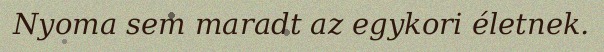
Nyoma sem maradt az egykori életnek.